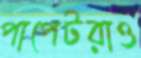
পাপেটরাও